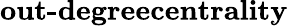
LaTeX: \textbf{out-degreecentrality}